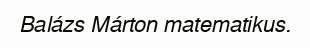
Balázs Márton matematikus.